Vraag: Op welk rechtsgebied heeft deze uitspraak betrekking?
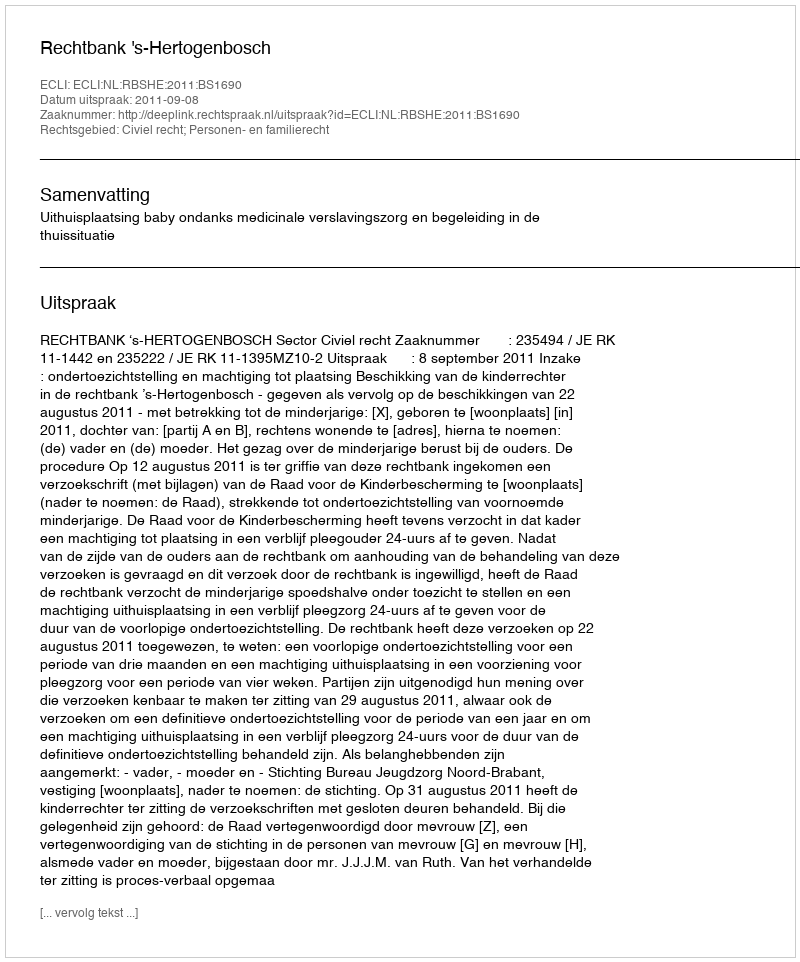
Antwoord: Civiel recht; Personen- en familierecht